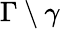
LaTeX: \Gamma\setminus\gamma